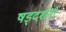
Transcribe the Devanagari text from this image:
षड्दर्शनी